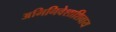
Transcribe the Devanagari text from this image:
अभिनिवेशाशिवाय